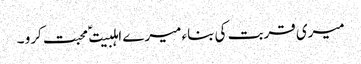
میری قربت کی بناء میرے اہلبیت ؑ محبت کرو ۔